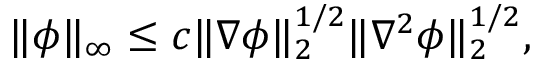
\| \phi \| _ { \infty } \leq c \| \nabla \phi \| _ { 2 } ^ { 1 / 2 } \| \nabla ^ { 2 } \phi \| _ { 2 } ^ { 1 / 2 } ,